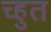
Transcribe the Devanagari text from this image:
च्हुत